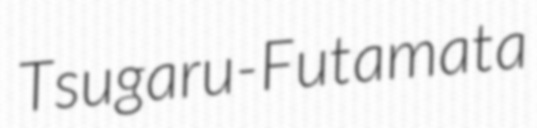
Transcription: Tsugaru-Futamata